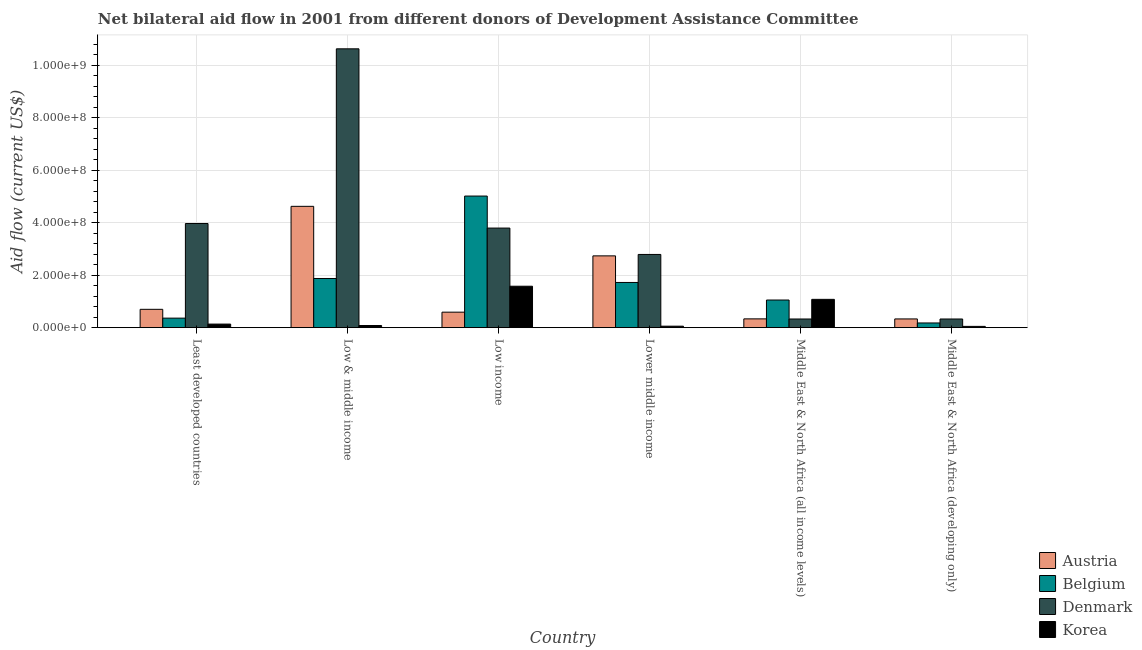
| Country | Austria | Belgium | Denmark | Korea |
 | --- | --- | --- | --- | --- |
 | Least developed countries | 6.99e+07 | 3.63e+07 | 3.97e+08 | 1.37e+07 |
 | Low & middle income | 4.62e+08 | 1.87e+08 | 1.06e+09 | 8.23e+06 |
 | Low income | 5.91e+07 | 5.02e+08 | 3.8e+08 | 1.58e+08 |
 | Lower middle income | 2.74e+08 | 1.72e+08 | 2.79e+08 | 5.68e+06 |
 | Middle East & North Africa (all income levels) | 3.35e+07 | 1.05e+08 | 3.31e+07 | 1.08e+08 |
 | Middle East & North Africa (developing only) | 3.33e+07 | 1.79e+07 | 3.31e+07 | 4.88e+06 |